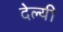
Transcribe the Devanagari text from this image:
देल्यी